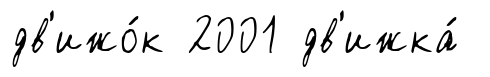
дв'ижо́к 2001 дв'ижка́